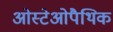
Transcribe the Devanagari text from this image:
ओस्टेओपैथिक